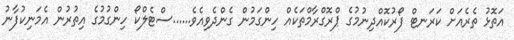
އަތޮޅު ތެރެއަށް ކަރަނޓް ފޯރުކޮއްދިނުމުގެ ޕްރޮގްރާމްތަކެއް ހިންގަމުން ގެންދެވިއެވެ......ސްޓެލްކޯ ހިންގުމުގެ އިތުރުން އެމަނިކުފާނު